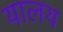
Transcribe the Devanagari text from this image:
यालय